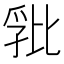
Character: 𭯏